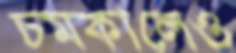
চমকালেও